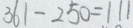
3 6 1 - 2 5 0 = 1 1 1